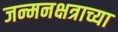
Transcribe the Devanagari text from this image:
जन्मनक्षत्राच्या